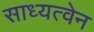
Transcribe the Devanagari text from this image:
साध्यत्वेन